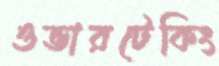
ওভারটেকিং